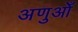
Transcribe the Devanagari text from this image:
अणुओँ